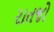
રાતજો